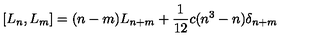
\left[ L _ { n } , L _ { m } \right] = ( n - m ) L _ { n + m } + \frac { 1 } { 1 2 } c ( n ^ { 3 } - n ) \delta _ { n + m }